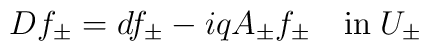
Df_\pm = df_\pm - i q A_\pm f_\pm 	\quad \mbox{in} \; U_{\pm}